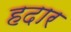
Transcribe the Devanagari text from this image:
हदार